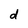
Character: d